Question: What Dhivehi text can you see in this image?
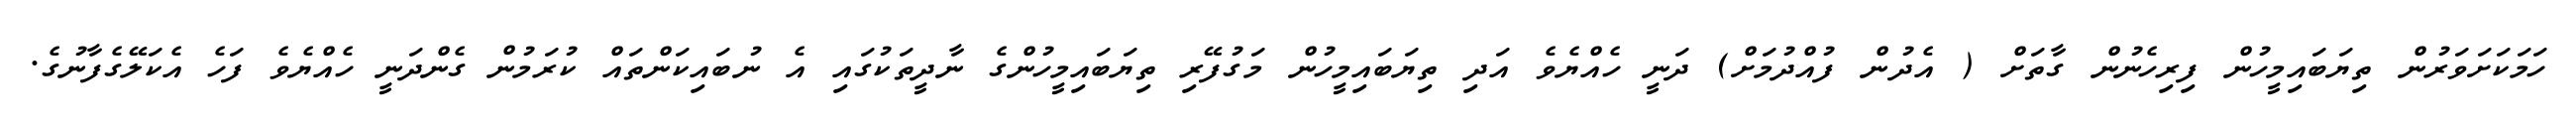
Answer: ހަމަކަށަވަރުން ތިޔަބައިމީހުން ފިރިހެނުން ގާތަށް ( އެދުން ފުއްދުމަށް) ދަނީ ހެއްޔެވެ އަދި ތިޔަބައިމީހުން މަގުފޭރި ތިޔަބައިމީހުންގެ ނާދީތަކުގައި އެ ނުބައިކަންތައް ކުރަމުން ގެންދަނީ ހެއްޔެވެ ފަހެ އެކަލޭގެފާނުގެ.